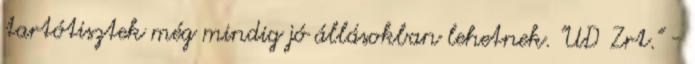
tartótisztek még mindig jó állásokban lehetnek. "UD Zrt." -